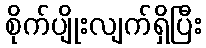
စိုက်ပျိုးလျက်ရှိပြီး